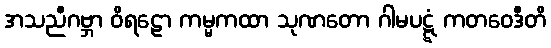
အသညီဂဗ္ဘာ ဝိရဠော ကမ္မကထာ သုဏတော ဂါမပဋ္ဋံ ကတဝေဒီတိ